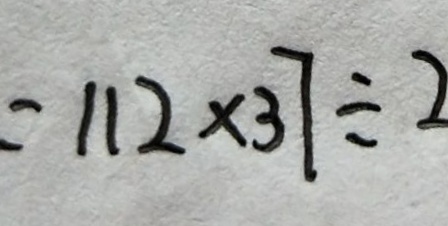
= 1 1 2 \times 3 7 \div 2